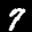
Label: 7